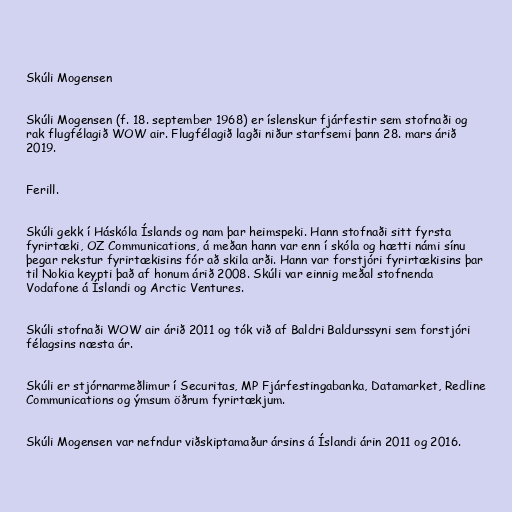
Skúli Mogensen

Skúli Mogensen (f. 18. september 1968) er íslenskur fjárfestir sem stofnaði og
rak flugfélagið WOW air. Flugfélagið lagði niður starfsemi þann 28. mars árið
2019.

Ferill.

Skúli gekk í Háskóla Íslands og nam þar heimspeki. Hann stofnaði sitt fyrsta
fyrirtæki, OZ Communications, á meðan hann var enn í skóla og hætti námi sínu
þegar rekstur fyrirtækisins fór að skila arði. Hann var forstjóri fyrirtækisins þar
til Nokia keypti það af honum árið 2008. Skúli var einnig meðal stofnenda
Vodafone á Íslandi og Arctic Ventures.

Skúli stofnaði WOW air árið 2011 og tók við af Baldri Baldurssyni sem forstjóri
félagsins næsta ár.

Skúli er stjórnarmeðlimur í Securitas, MP Fjárfestingabanka, Datamarket, Redline
Communications og ýmsum öðrum fyrirtækjum.

Skúli Mogensen var nefndur viðskiptamaður ársins á Íslandi árin 2011 og 2016.